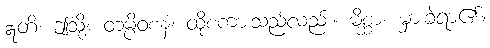
ဣတိ၊ ဤသို့။ တမ္ပိဝစနံ၊ ထိုစကားသည်လည်း။ မိစ္ဆာ၊ မှားခဲ့ရာ၏။